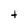
Character: t